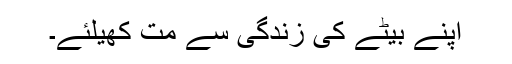
اپنے بیٹے کی زندگی سے مت کھیلئے۔